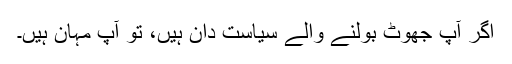
اگر آپ جھوٹ بولنے والے سیاست دان ہیں، تو آپ مہان ہیں۔